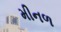
મીનળ